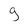
Character: 9